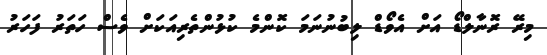
މިރޭ ރޮނާލްޑޯ އަށް އެވޯޑް ލިބުނުނަމަ ކޮންމެ ކުޅުންތެރިއަކަށް ވެސް ހަތަރު ފަހަރު